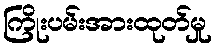
ကြိုးပမ်းအားထုတ်မှု